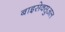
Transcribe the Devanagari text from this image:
बाइसेक्सुअल